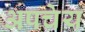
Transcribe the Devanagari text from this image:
अपचेय